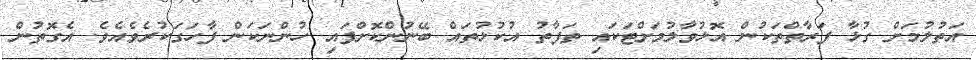
އަތުލުމަށް ގުޅާ ފަރާތްތަކުން އޮޅުވާލުމަށްޓަކައި ތަފާތު އުކުޅުތައް ބޭނުންކޮށްފައި ހުންނަކަން ފާހަގަކުރެވެއެވެ. އެގޮތުން